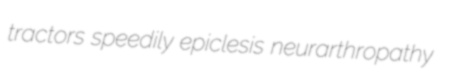
tractors speedily epiclesis neurarthropathy